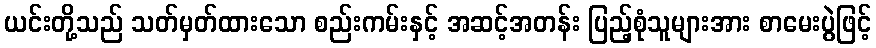
ယင်းတို့သည် သတ်မှတ်ထားသော စည်းကမ်းနှင့် အဆင့်အတန်း ပြည့်စုံသူများအား စာမေးပွဲဖြင့်